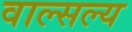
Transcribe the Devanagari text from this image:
वाल्सल्य